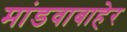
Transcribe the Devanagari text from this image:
मांडवाबाहेर